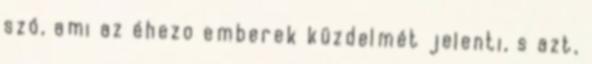
szó, ami az éhezo emberek küzdelmét jelenti, s azt,